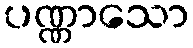
ပဏ္ဏာသော